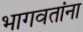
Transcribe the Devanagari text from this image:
भागवतांना